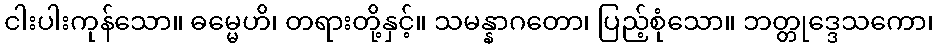
ငါးပါးကုန်သော။ ဓမ္မေဟိ၊ တရားတို့နှင့်။ သမန္နာဂတော၊ ပြည့်စုံသော။ ဘတ္တုဒ္ဒေသကော၊